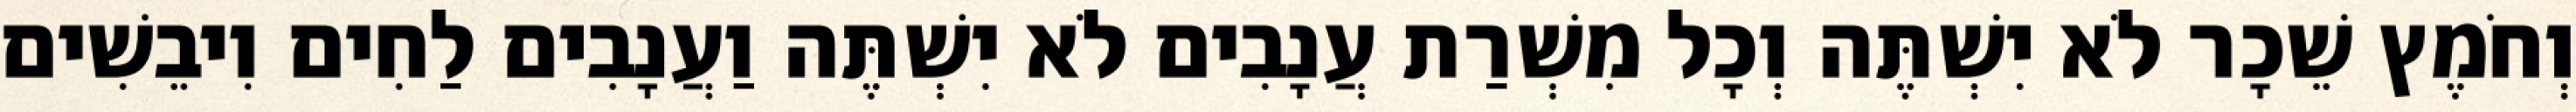
וְחֹמֶץ שֵׁכָר לֹא יִשְׁתֶּה וְכָל מִשְׁרַת עֲנָבִים לֹא יִשְׁתֶּה וַעֲנָבִים לַחִים וִיבֵשִׁים